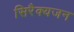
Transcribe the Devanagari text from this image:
सिरैक्यजन